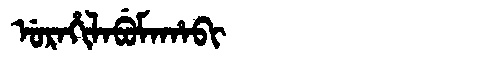
Manchu: ᡠᡵᠠᡥᡳᠯᠠᠪᡠᠮᠠᡥᠠᠪᡳ
Romanization: URAHILABUMAHABI